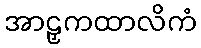
အာဠှကထာလိကံ